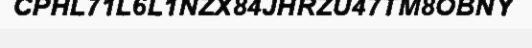
CPHL71L6L1NZX84JHRZU47TM8OBNY